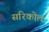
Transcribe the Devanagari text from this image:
सरिकोल